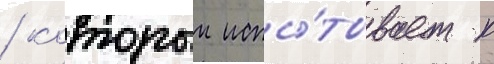
/ которыи испы́тывает к